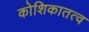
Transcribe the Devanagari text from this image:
कोशिकातत्व